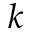
k